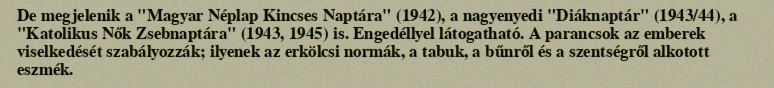
De megjelenik a "Magyar Néplap Kincses Naptára" (1942), a nagyenyedi "Diáknaptár" (1943/44), a "Katolikus Nők Zsebnaptára" (1943, 1945) is. Engedéllyel látogatható. A parancsok az emberek viselkedését szabályozzák; ilyenek az erkölcsi normák, a tabuk, a bűnről és a szentségről alkotott eszmék.